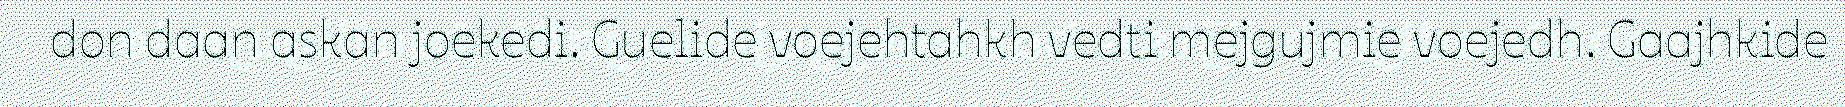
don daan askan joekedi. Guelide voejehtahkh vedti mejgujmie voejedh. Gaajhkide